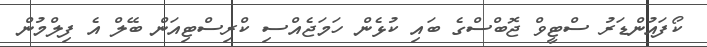
ކޯފައުންޑަރު ސްޓީވް ޖޮބްސްގެ ބައި ކުޅެން ހަމަޖެއްސި ކްރިސްޓިއަން ބޭލް އެ ފިލްމުން